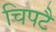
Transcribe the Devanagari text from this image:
चिपटै